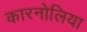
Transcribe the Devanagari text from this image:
कारनोलिया